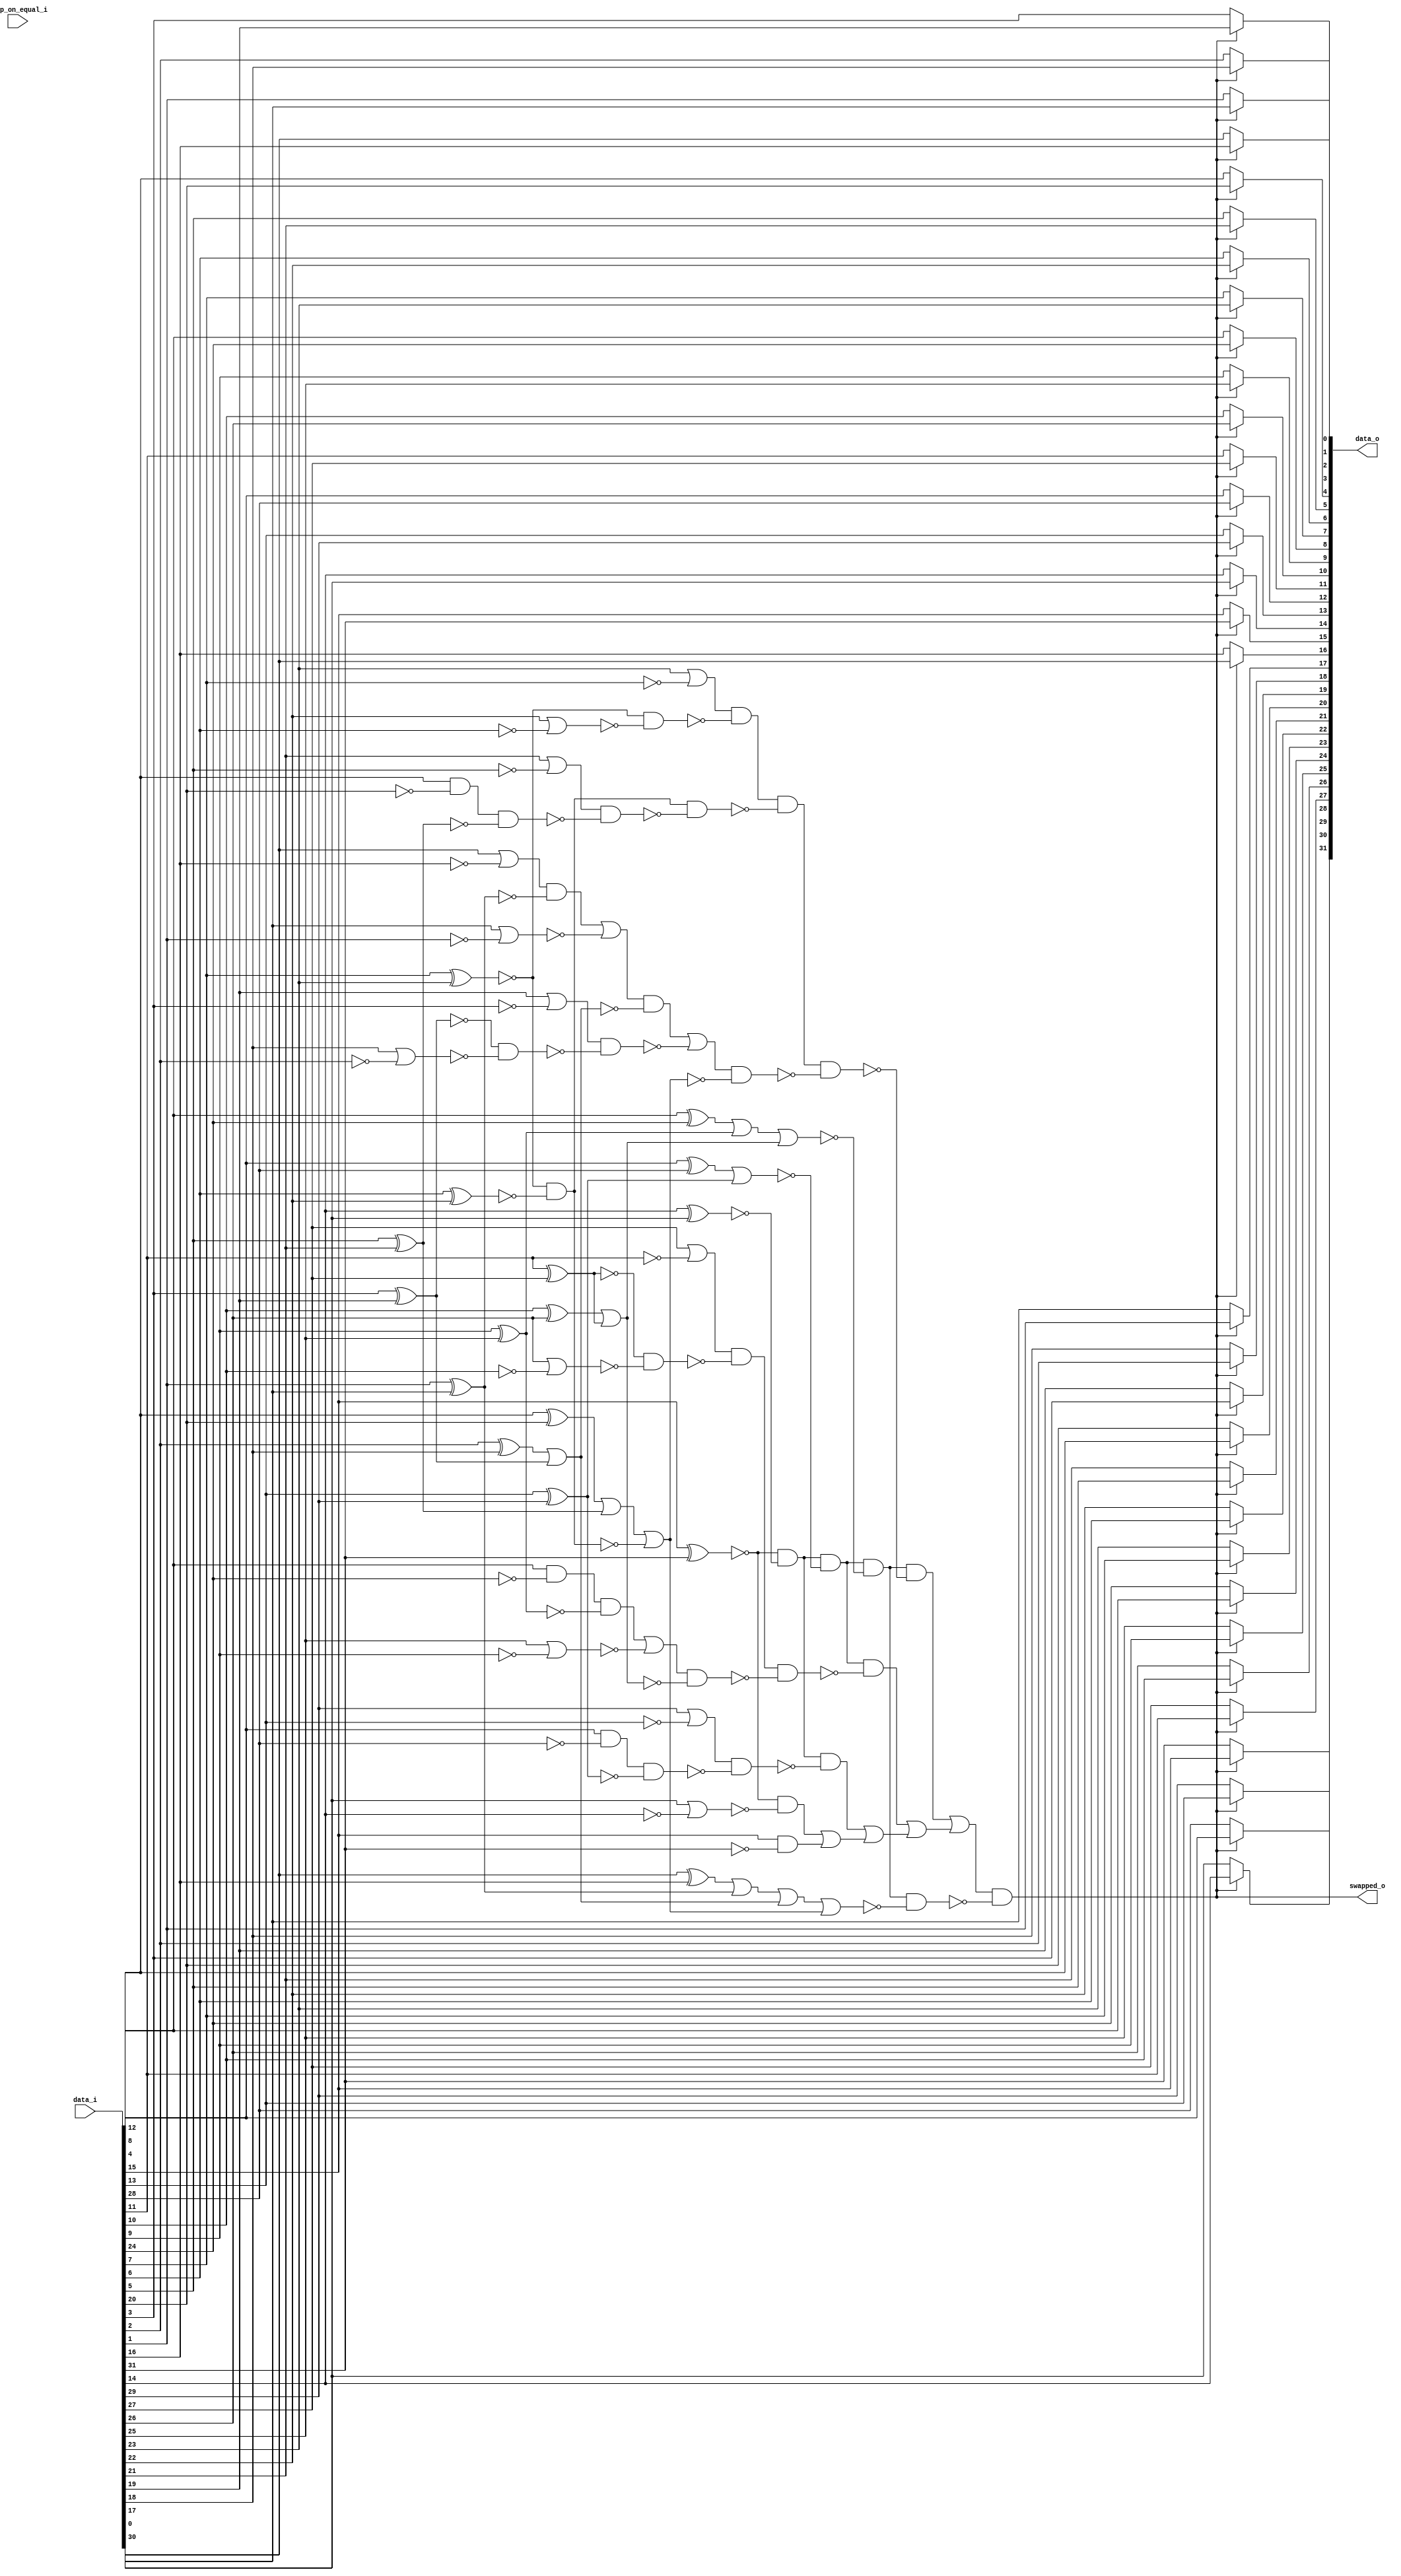
/* Generated by Yosys 0.27+9 (git sha1 101d19bb6, gcc 11.2.0-7ubuntu2 -fPIC -Os) */

(* top =  1  *)

module bsg_compare_and_swap(data_i, swap_on_equal_i, data_o, swapped_o);
  wire _000_;
  wire _001_;
  wire _002_;
  wire _003_;
  wire _004_;
  wire _005_;
  wire _006_;
  wire _007_;
  wire _008_;
  wire _009_;
  wire _010_;
  wire _011_;
  wire _012_;
  wire _013_;
  wire _014_;
  wire _015_;
  wire _016_;
  wire _017_;
  wire _018_;
  wire _019_;
  wire _020_;
  wire _021_;
  wire _022_;
  wire _023_;
  wire _024_;
  wire _025_;
  wire _026_;
  wire _027_;
  wire _028_;
  wire _029_;
  wire _030_;
  wire _031_;
  wire _032_;
  wire _033_;
  wire _034_;
  wire _035_;
  wire _036_;
  wire _037_;
  wire _038_;
  wire _039_;
  wire _040_;
  wire _041_;
  wire _042_;
  wire _043_;
  wire _044_;
  wire _045_;
  wire _046_;
  wire _047_;
  wire _048_;
  wire _049_;
  wire _050_;
  wire _051_;
  wire _052_;
  wire _053_;
  wire _054_;
  wire _055_;
  wire _056_;
  wire _057_;
  wire _058_;
  wire _059_;
  wire _060_;
  wire _061_;
  wire _062_;
  wire _063_;
  wire _064_;
  wire _065_;
  wire _066_;
  wire _067_;
  wire _068_;
  wire _069_;
  wire _070_;
  wire _071_;
  wire _072_;
  wire _073_;
  wire _074_;
  wire _075_;
  wire _076_;
  
  input [31:0] data_i;
  wire [31:0] data_i;
  
  output [31:0] data_o;
  wire [31:0] data_o;
  
  wire gt;
  
  input swap_on_equal_i;
  wire swap_on_equal_i;
  
  output swapped_o;
  wire swapped_o;
  assign _043_ = data_i[15] & ~(data_i[31]);
  assign _044_ = ~(data_i[15] ^ data_i[31]);
  assign _045_ = data_i[30] | ~(data_i[14]);
  assign _046_ = _044_ & ~(_045_);
  assign _047_ = _046_ | _043_;
  assign _048_ = data_i[14] ^ data_i[30];
  assign _049_ = _044_ & ~(_048_);
  assign _050_ = data_i[29] | ~(data_i[13]);
  assign _051_ = data_i[13] ^ data_i[29];
  assign _052_ = data_i[12] & ~(data_i[28]);
  assign _053_ = _052_ & ~(_051_);
  assign _054_ = _050_ & ~(_053_);
  assign _055_ = _049_ & ~(_054_);
  assign _056_ = _055_ | _047_;
  assign _057_ = data_i[12] ^ data_i[28];
  assign _058_ = _057_ | _051_;
  assign _059_ = _049_ & ~(_058_);
  assign _060_ = data_i[27] | ~(data_i[11]);
  assign _061_ = ~(data_i[11] ^ data_i[27]);
  assign _062_ = data_i[26] | ~(data_i[10]);
  assign _063_ = _061_ & ~(_062_);
  assign _064_ = _060_ & ~(_063_);
  assign _065_ = data_i[10] ^ data_i[26];
  assign _066_ = _065_ | ~(_061_);
  assign _067_ = data_i[25] | ~(data_i[9]);
  assign _068_ = data_i[9] ^ data_i[25];
  assign _069_ = data_i[8] & ~(data_i[24]);
  assign _070_ = _069_ & ~(_068_);
  assign _071_ = _070_ | ~(_067_);
  assign _072_ = _071_ & ~(_066_);
  assign _073_ = _064_ & ~(_072_);
  assign _074_ = _059_ & ~(_073_);
  assign _075_ = _074_ | _056_;
  assign _076_ = data_i[8] ^ data_i[24];
  assign _000_ = _076_ | _068_;
  assign _001_ = _000_ | _066_;
  assign _002_ = _059_ & ~(_001_);
  assign _003_ = data_i[23] | ~(data_i[7]);
  assign _004_ = ~(data_i[7] ^ data_i[23]);
  assign _005_ = data_i[22] | ~(data_i[6]);
  assign _006_ = _004_ & ~(_005_);
  assign _007_ = _003_ & ~(_006_);
  assign _008_ = data_i[6] ^ data_i[22];
  assign _009_ = _004_ & ~(_008_);
  assign _010_ = data_i[21] | ~(data_i[5]);
  assign _011_ = data_i[5] ^ data_i[21];
  assign _012_ = data_i[4] & ~(data_i[20]);
  assign _013_ = _012_ & ~(_011_);
  assign _014_ = _010_ & ~(_013_);
  assign _015_ = _009_ & ~(_014_);
  assign _016_ = _007_ & ~(_015_);
  assign _017_ = data_i[4] ^ data_i[20];
  assign _018_ = _017_ | _011_;
  assign _019_ = _018_ | ~(_009_);
  assign _020_ = data_i[19] | ~(data_i[3]);
  assign _021_ = ~(data_i[3] ^ data_i[19]);
  assign _022_ = data_i[18] | ~(data_i[2]);
  assign _023_ = _021_ & ~(_022_);
  assign _024_ = _020_ & ~(_023_);
  assign _025_ = data_i[2] ^ data_i[18];
  assign _026_ = _025_ | ~(_021_);
  assign _027_ = data_i[17] | ~(data_i[1]);
  assign _028_ = data_i[1] ^ data_i[17];
  assign _029_ = data_i[0] | ~(data_i[16]);
  assign _030_ = _029_ & ~(_028_);
  assign _031_ = _030_ | ~(_027_);
  assign _032_ = _031_ & ~(_026_);
  assign _033_ = _032_ | ~(_024_);
  assign _034_ = _033_ & ~(_019_);
  assign _035_ = _016_ & ~(_034_);
  assign _036_ = _002_ & ~(_035_);
  assign _037_ = _036_ | _075_;
  assign _038_ = data_i[0] ^ data_i[16];
  assign _039_ = _038_ | _028_;
  assign _040_ = _039_ | _026_;
  assign _041_ = _040_ | _019_;
  assign _042_ = _002_ & ~(_041_);
  assign swapped_o = _037_ & ~(_042_);
  assign data_o[0] = swapped_o ? data_i[16] : data_i[0];
  assign data_o[1] = swapped_o ? data_i[17] : data_i[1];
  assign data_o[2] = swapped_o ? data_i[18] : data_i[2];
  assign data_o[3] = swapped_o ? data_i[19] : data_i[3];
  assign data_o[4] = swapped_o ? data_i[20] : data_i[4];
  assign data_o[5] = swapped_o ? data_i[21] : data_i[5];
  assign data_o[6] = swapped_o ? data_i[22] : data_i[6];
  assign data_o[7] = swapped_o ? data_i[23] : data_i[7];
  assign data_o[8] = swapped_o ? data_i[24] : data_i[8];
  assign data_o[9] = swapped_o ? data_i[25] : data_i[9];
  assign data_o[10] = swapped_o ? data_i[26] : data_i[10];
  assign data_o[11] = swapped_o ? data_i[27] : data_i[11];
  assign data_o[12] = swapped_o ? data_i[28] : data_i[12];
  assign data_o[13] = swapped_o ? data_i[29] : data_i[13];
  assign data_o[14] = swapped_o ? data_i[30] : data_i[14];
  assign data_o[15] = swapped_o ? data_i[31] : data_i[15];
  assign data_o[16] = swapped_o ? data_i[0] : data_i[16];
  assign data_o[17] = swapped_o ? data_i[1] : data_i[17];
  assign data_o[18] = swapped_o ? data_i[2] : data_i[18];
  assign data_o[19] = swapped_o ? data_i[3] : data_i[19];
  assign data_o[20] = swapped_o ? data_i[4] : data_i[20];
  assign data_o[21] = swapped_o ? data_i[5] : data_i[21];
  assign data_o[22] = swapped_o ? data_i[6] : data_i[22];
  assign data_o[23] = swapped_o ? data_i[7] : data_i[23];
  assign data_o[24] = swapped_o ? data_i[8] : data_i[24];
  assign data_o[25] = swapped_o ? data_i[9] : data_i[25];
  assign data_o[26] = swapped_o ? data_i[10] : data_i[26];
  assign data_o[27] = swapped_o ? data_i[11] : data_i[27];
  assign data_o[28] = swapped_o ? data_i[12] : data_i[28];
  assign data_o[29] = swapped_o ? data_i[13] : data_i[29];
  assign data_o[30] = swapped_o ? data_i[14] : data_i[30];
  assign data_o[31] = swapped_o ? data_i[15] : data_i[31];
  assign gt = swapped_o;
endmodule